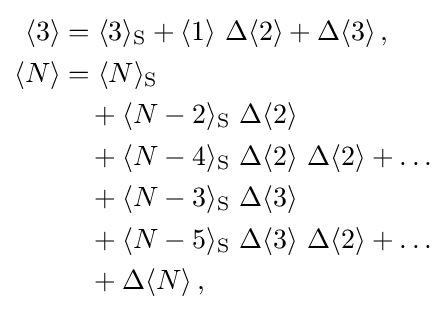
{\begin{aligned}\langle 3\rangle &=\langle 3\rangle _{\mathrm {S} }+\langle 1\rangle \ \Delta \langle 2\rangle +\Delta \langle 3\rangle \,,\\\langle N\rangle &=\langle N\rangle _{\mathrm {S} }\\&\quad +\langle N-2\rangle _{\mathrm {S} }\ \Delta \langle 2\rangle \\&\quad +\langle N-4\rangle _{\mathrm {S} }\ \Delta \langle 2\rangle \ \Delta \langle 2\rangle +\dots \\&\quad +\langle N-3\rangle _{\mathrm {S} }\ \Delta \langle 3\rangle \\&\quad +\langle N-5\rangle _{\mathrm {S} }\ \Delta \langle 3\rangle \ \Delta \langle 2\rangle +\dots \\&\quad +\Delta \langle N\rangle \,,\end{aligned}}